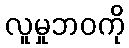
လူမှုဘဝကို